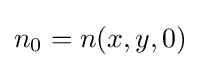
n_{0}=n(x,y,0)